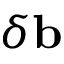
\delta \mathbf { b }